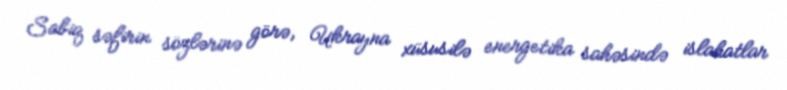
Sabiq səfirin sözlərinə görə, Ukrayna xüsusilə energetika sahəsində islahatlar